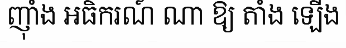
ញ៉ាំង អធិករណ៍ ណា ឱ្យ តាំង ឡើង